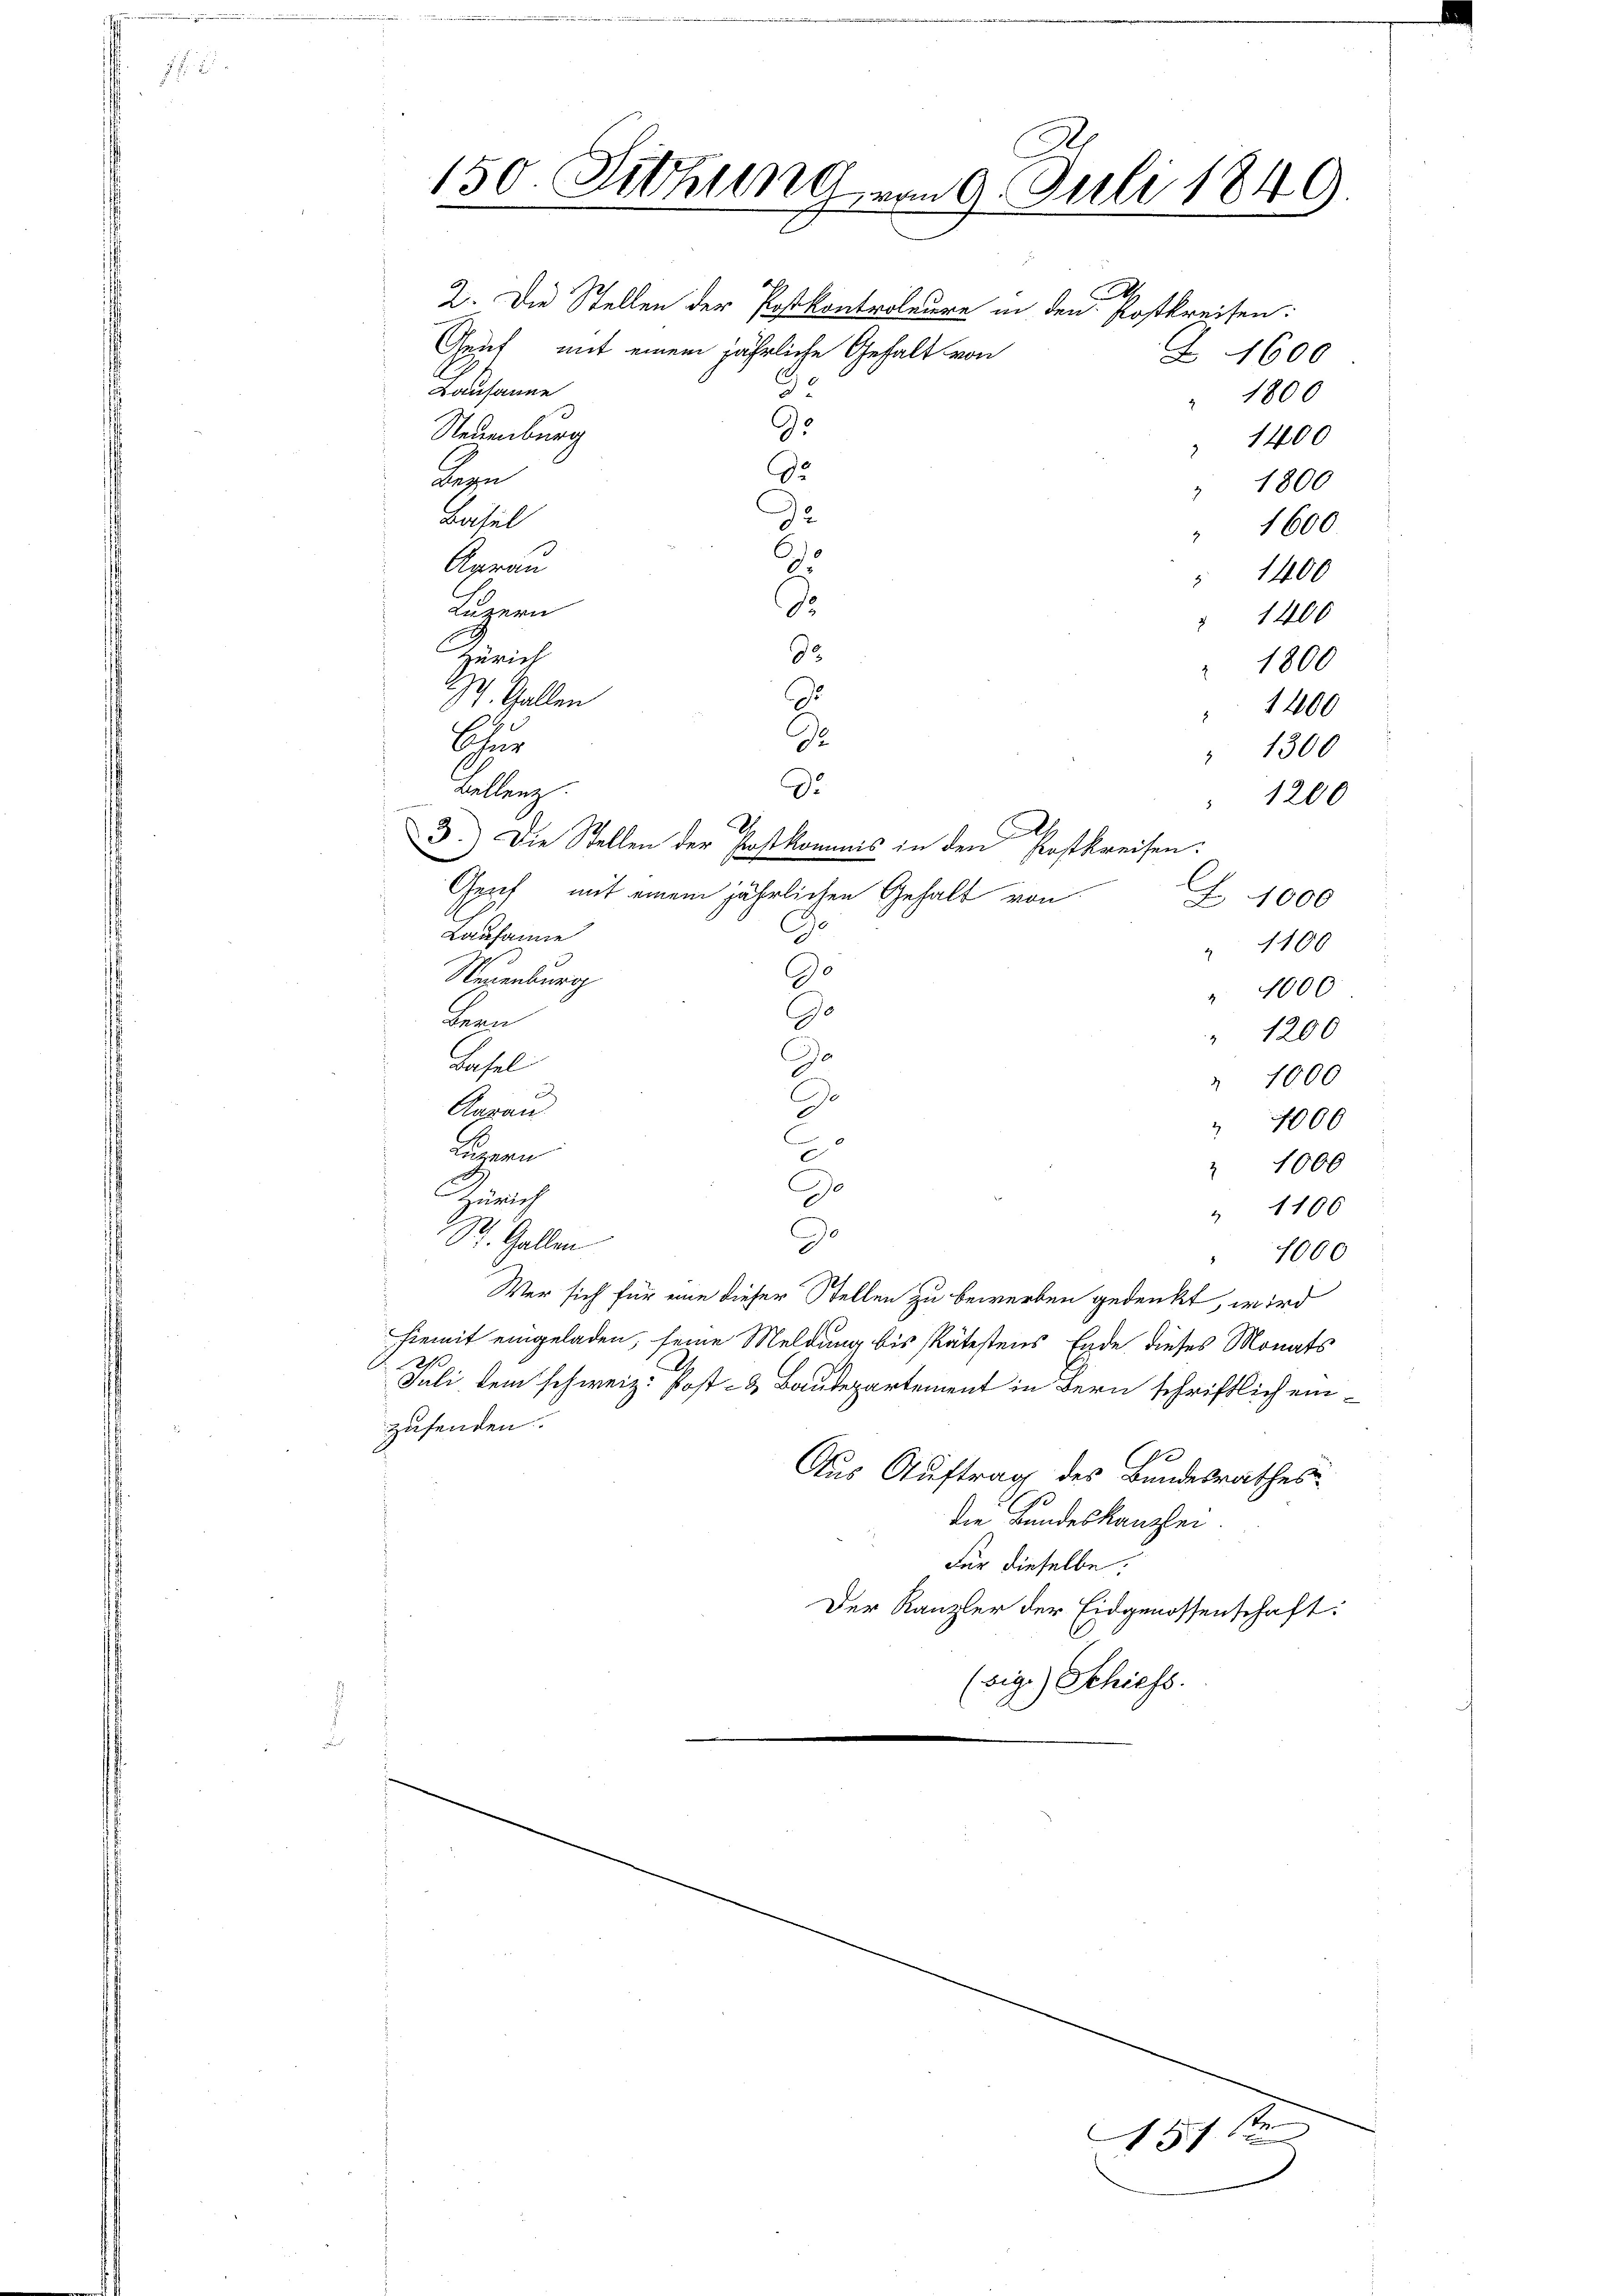
150. Sitzung vom 9. Juli 1849
A
2. Die Stellen der Postkontroleure in den Postkreisen:
Gent, mit einem jährliche Gehalt von
Z 1600
Kausanne
35
" 1800
93
Neuenburg
1400
3
De
Begn
 1800
De
Basel
" 1600.

6
Genau
d
Luzern
1400
9
Zürich
St. Gallen
D
1
Chur
Bellenz
d
.
3.) Die Stellen der Postkommis in den Postkreisen.
Genf mit einem jährlichen Gehalt von
Z 1000
.
Lausanne
Neuenburg
Ge
Denen
s
dasel
e
" 1000
A
.
Aarau
" 4000
.
C
Luzern
1000
Jo
Zürich
" 1100
e
St. Gallen
1000
Wer sich für eine dieser Stellen zu bewerben gedenkt, wird
hiemit eingeladen, seine Meldung bis spätestens Ende dieses Monats
21.
Juli dem schweiz. Post- & Baudepartement in Bern schriftlich einzusenden.
Aus Auftrag des Bundesrathes
die Bundeskanzlei.
Für dieselbe:
Der Kanzler der Eidgenossenschaft:
(sig.) Schiess.

h

7sten

1800
1400
 1300
" 1200
" 1100
1000
" 1200

1400